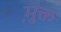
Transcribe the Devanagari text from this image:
मु़क्त